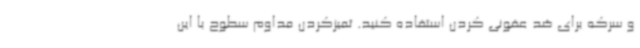
و سرکه برای ضد عفونی کردن استفاده کنید. تمیزکردن مداوم سطوح با این